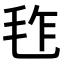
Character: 𣬿